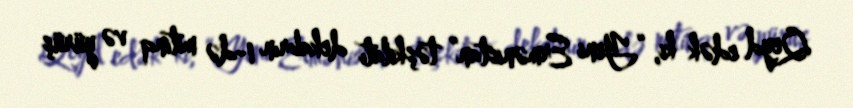
Qeyd edək ki, “Yeni Ermənistan” təşkilatı dekabrın 1-də mitinq və yürüş